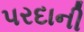
પરદાની